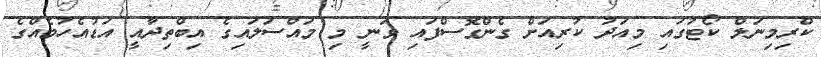
ކްރިމިނަލް ކޯޓުގައި މިއަދު ކުރިއަށް ގެންގޮސްފައި ވަނީ މި މައްސަލައިގެ އިބްތިދާއީ އަޑުއެހުމެއްގެ